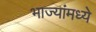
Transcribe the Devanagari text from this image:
भाज्यांमध्ये